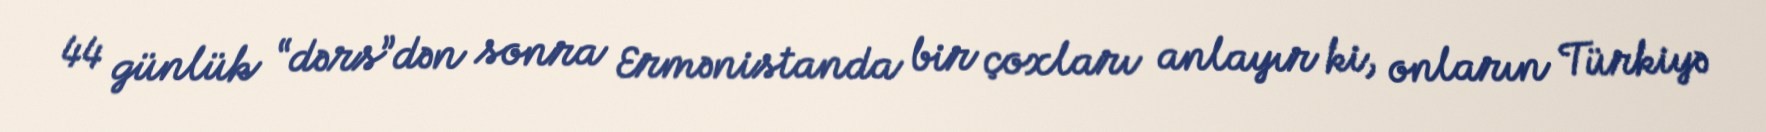
44 günlük “dərs”dən sonra Ermənistanda bir çoxları anlayır ki, onların Türkiyə